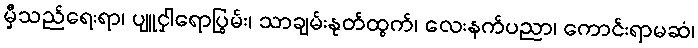
မှီသည်ရေးရာ၊ ပျူငှါရောပြွမ်း၊ သာချမ်းနုတ်ထွက်၊ လေးနက်ပညာ၊ ကောင်းရာမဆံ၊